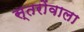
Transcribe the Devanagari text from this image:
स्तरोंवाला